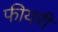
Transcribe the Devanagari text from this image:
फीयरी